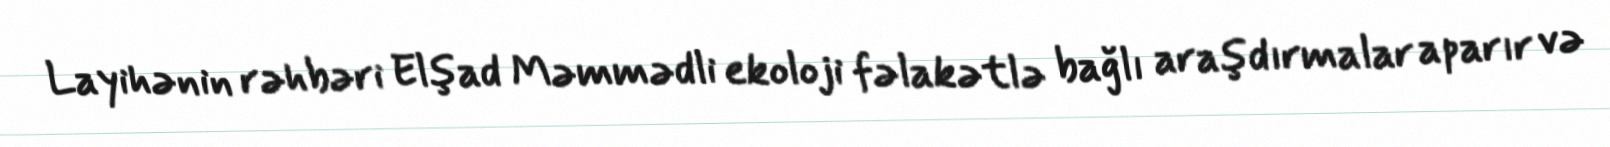
Layihənin rəhbəri Elşad Məmmədli ekoloji fəlakətlə bağlı araşdırmalar aparır və